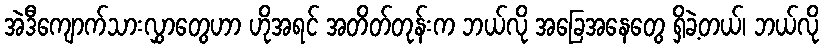
အဲဒီကျောက်သားလွှာတွေဟာ ဟိုအရင် အတိတ်တုန်းက ဘယ်လို အခြေအနေတွေ ရှိခဲ့တယ်၊ ဘယ်လို